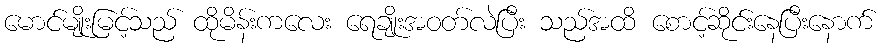
မောင်မျိုးမြင့်သည် ထိုမိန်းကလေး ရေချိုးအဝတ်လဲပြီး သည်အထိ စောင့်ဆိုင်းနေပြီးနောက်